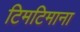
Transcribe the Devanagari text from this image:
टिमटिमाना